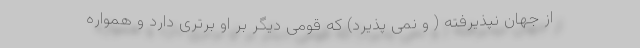
از جهان نپذیرفته ( و نمی پذیرد) که قومی دیگر بر او برتری دارد و همواره